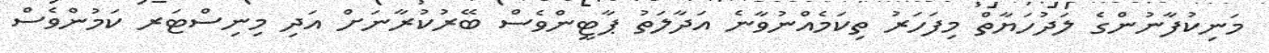
މަނިކުފާނުންގެ ލަދުހަޔާތް މިފަހަރު ތިކަމެއްނުވާނެ އަދާލަތު ޕާޓީންވެސް ބޭރުކުރާނަށް އަދި މިނިސްޓަރ ކަމުންވެސް